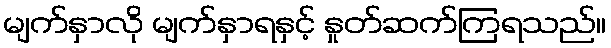
မျက်နှာလို မျက်နှာရနှင့် နှုတ်ဆက်ကြရသည်။